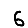
Digit: 6